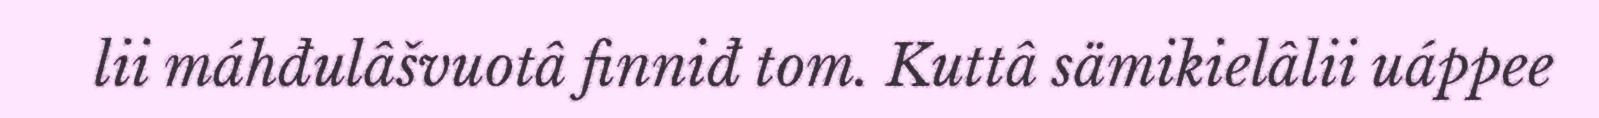
lii máhđulâšvuotâ finniđ tom. Kuttâ sämikielâlii uáppee